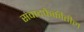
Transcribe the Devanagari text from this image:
संवादफेकीतील